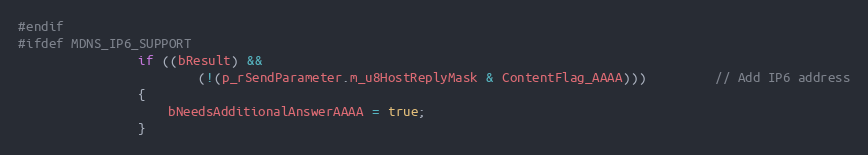
Language: C++
#endif
#ifdef MDNS_IP6_SUPPORT
                if ((bResult) &&
                        (!(p_rSendParameter.m_u8HostReplyMask & ContentFlag_AAAA)))         // Add IP6 address
                {
                    bNeedsAdditionalAnswerAAAA = true;
                }